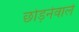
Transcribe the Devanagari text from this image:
छोड़नेवाले